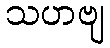
သဟဗျ